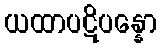
ယထာပဋိပန္နော